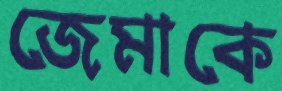
জেমাকে